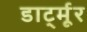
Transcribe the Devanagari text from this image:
डार्ट्मूर